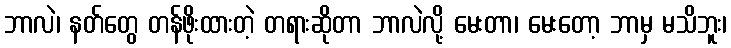
ဘာလဲ၊ နတ်တွေ တန်ဖိုးထားတဲ့ တရားဆိုတာ ဘာလဲလို့ မေးတာ၊ မေးတော့ ဘာမှ မသိဘူး၊